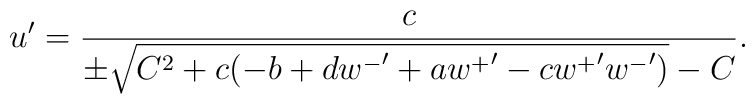
u' = \frac{c}{\pm \sqrt{C^2 + c(-b + d{w^-}' + a{w^+}' - c{w^+}'{w^-}')} - C}.